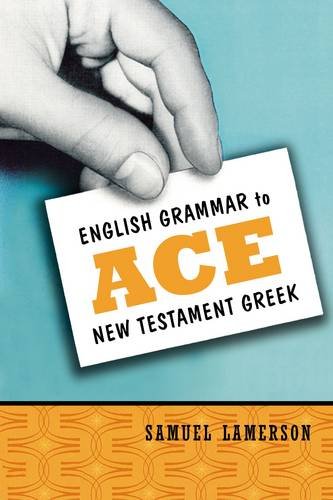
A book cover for English Grammar to Ace New Testament Greek; Samuel Lamerson; Christian Books & Bibles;